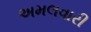
અમલવારી